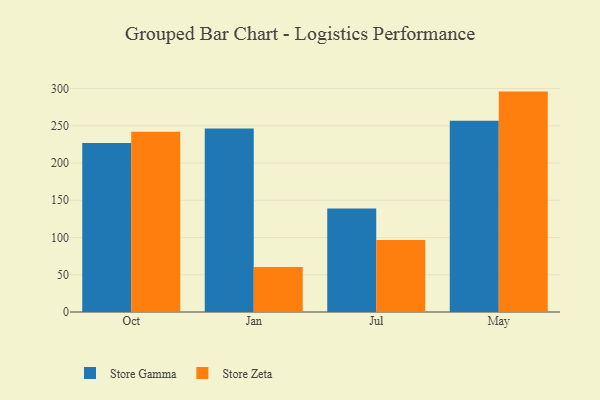
{"axis": {"x": "Month", "y": "Operating Costs (USD K)"}, "legend": ["Store Gamma", "Store Zeta"], "data": [{"x": "Oct", "y": 227.0, "type": "Store Gamma"}, {"x": "Oct", "y": 242.0, "type": "Store Zeta"}, {"x": "Jan", "y": 246.4, "type": "Store Gamma"}, {"x": "Jan", "y": 60.5, "type": "Store Zeta"}, {"x": "Jul", "y": 138.8, "type": "Store Gamma"}, {"x": "Jul", "y": 96.7, "type": "Store Zeta"}, {"x": "May", "y": 256.9, "type": "Store Gamma"}, {"x": "May", "y": 295.9, "type": "Store Zeta"}]}